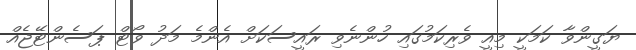
ޔަގީންވާ ކަމަކީ މިއީ ވެރިކަމުގައި ހުންނެވި ރައީސަކަށް އެންމެ މަދު ވޯޓް ޕަސެންޓޭޖެއް